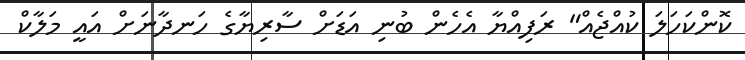
ކޮންކަހަލަ ކުއްޖެއް" ރަފިއްޔާ އެހެން ބުނި އަޑަށް ސާރިޔާގެ ހަނދާނަށް އައީ މަލާކް